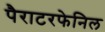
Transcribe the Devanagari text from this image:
पैराटरफेनिल